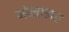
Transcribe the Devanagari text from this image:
मंन्त्रालय